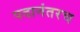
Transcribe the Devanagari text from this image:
पदानंतरच